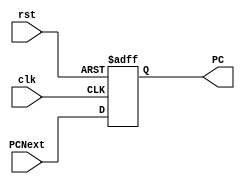
module PC_register(clk,rst,PCNext,PC);
    input clk,rst;    
    input [31:0] PCNext;
    output reg [31:0] PC;

    always @(posedge clk or posedge rst) begin
        if(rst)
            PC<=32'd0;
        else
            PC <= PCNext;
    end  
endmodule